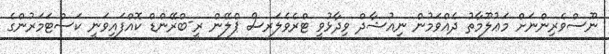
ނޫސްވެރިންނަށް މަޢުލޫމާތު ދެއްވަމުން ނިއުޝާދް ވިދާޅުވީ ޓްރެވެލަރސް ޕްލޭން ރީ-ބްރޭންޑް ކޮއްފައިވަނީ ކަސްޓަމަރުންގެ